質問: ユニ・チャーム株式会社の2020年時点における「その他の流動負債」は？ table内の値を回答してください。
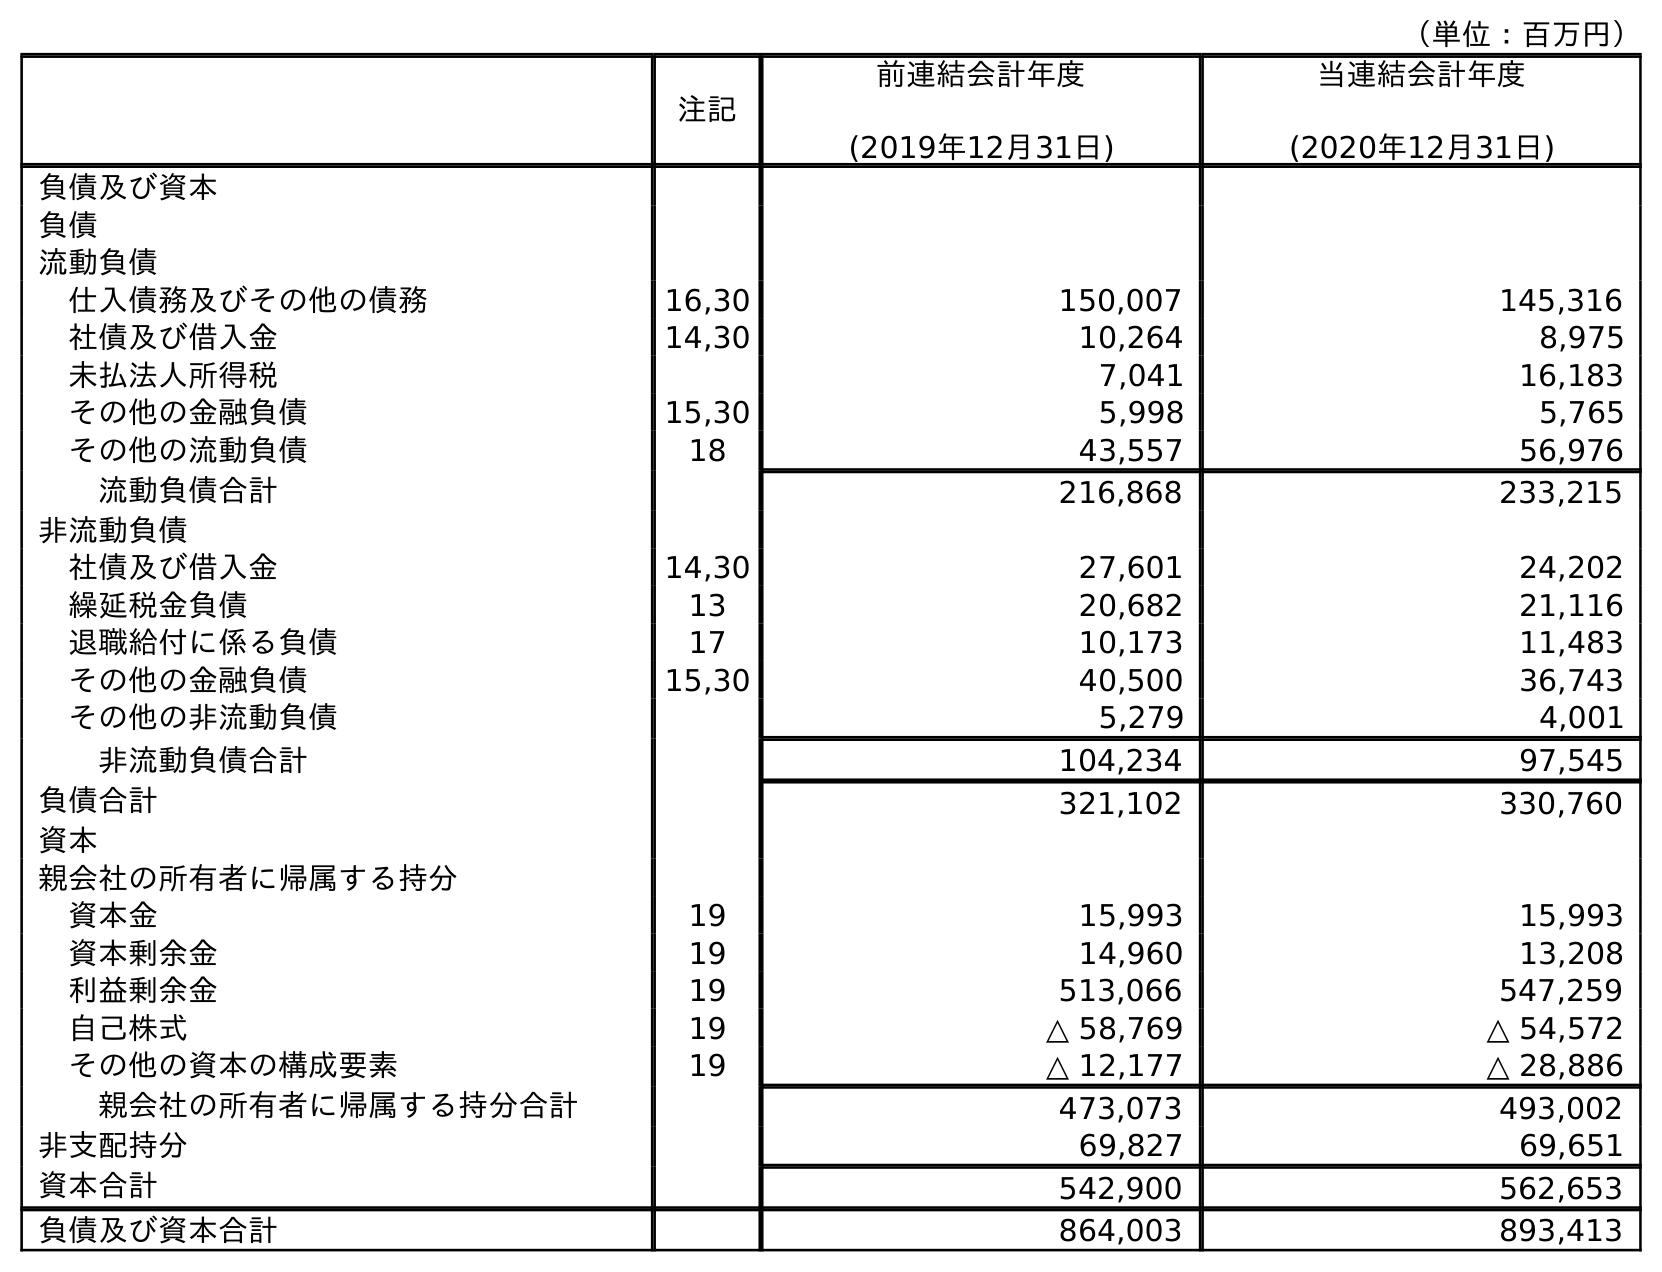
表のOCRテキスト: （単位：百万円） 注記 前連結会計年度 (2019年12月31日) 当連結会計年度 (2020年12月31日) 負債及び資本 負債 流動負債 仕入債務及びその他の債務 16,30 150,007 145,316 社債及び借入金 14,30 10,264 8,975 未払法人所得税 7,041 16,183 その他の金融負債 15,30 5,998 5,765 その他の流動負債 18 43,557 56,976 流動負債合計 216,868 233,215 非流動負債 社債及び借入金 14,30 27,601 24,202 繰延税金負債 13 20,682 21,116 退職給付に係る負債 17 10,173 11,483 その他の金融負債 15,30 40,500 36,743 その他の非流動負債 5,279 4,001 非流動負債合計 104,234 97,545 負債合計 321,102 330,760 資本 親会社の所有者に帰属する持分 資本金 19 15,993 15,993 資本剰余金 19 14,960 13,208 利益剰余金 19 513,066 547,259 自己株式 19 △ 58,769 △ 54,572 その他の資本の構成要素 19 △ 12,177 △ 28,886 親会社の所有者に帰属する持分合計 473,073 493,002 非支配持分 69,827 69,651 資本合計 542,900 562,653 負債及び資本合計 864,003 893,413
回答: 56,976